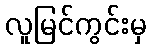
လူမြင်ကွင်းမှ